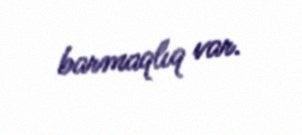
barmaqlıq var.